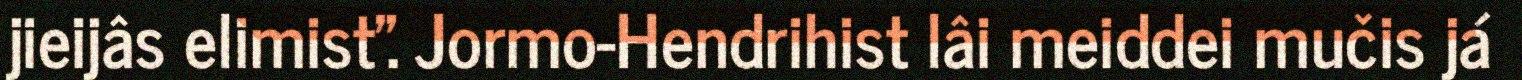
jieijâs elimist". Jormo-Hendrihist lâi meiddei mučis já